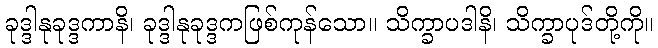
ခုဒ္ဒါနုခုဒ္ဒကာနိ၊ ခုဒ္ဒါနုခုဒ္ဒကဖြစ်ကုန်သော။ သိက္ခာပဒါနိ၊ သိက္ခာပုဒ်တို့ကို။